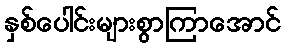
နှစ်ပေါင်းများစွာကြာအောင်